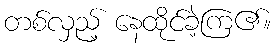
တစ်လှည့် နေထိုင်ခဲ့ကြ၏။